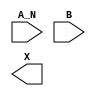
module sky130_fd_sc_hs__and2b (
    //# {{data|Data Signals}}
    input  A_N,
    input  B  ,
    output X
);

    // Voltage supply signals
    supply1 VPWR;
    supply0 VGND;

endmodule